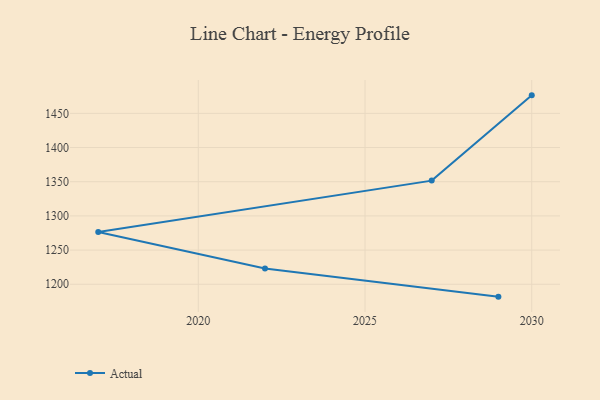
{"axis": {"x": "Year", "y": "Gross Profit (USD K)"}, "legend": ["Actual"], "data": [{"x": "2030", "y": 1476.3, "type": "Actual"}, {"x": "2027", "y": 1351.6, "type": "Actual"}, {"x": "2017", "y": 1276.4, "type": "Actual"}, {"x": "2022", "y": 1223.1, "type": "Actual"}, {"x": "2029", "y": 1181.9, "type": "Actual"}]}